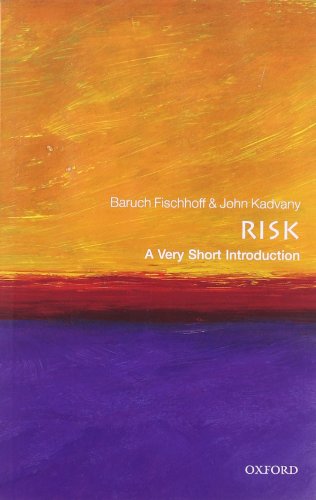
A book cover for Risk: A Very Short Introduction; Baruch Fischhoff; Medical Books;